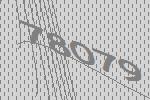
78079